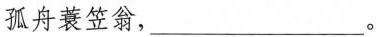
孤舟蓑笠翁，___。